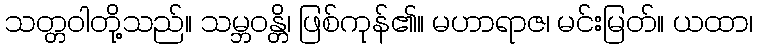
သတ္တဝါတို့သည်။ သမ္ဘဝန္တိ၊ ဖြစ်ကုန်၏။ မဟာရာဇ၊ မင်းမြတ်။ ယထာ၊